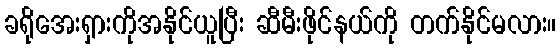
ခရိုအေးရှားကိုအနိုင်ယူပြီး ဆီမီးဖိုင်နယ်ကို တက်နိုင်မလား။